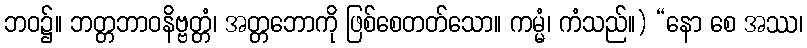
ဘဝ၌။ ဘတ္တဘာဝနိဗ္ဗတ္တံ၊ အတ္တဘောကို ဖြစ်စေတတ်သော။ ကမ္မံ၊ ကံသည်။) “နော စေ အဿ၊